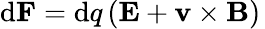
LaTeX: \mathrm{d}\mathbf{F}=\mathrm{d}q\left(\mathbf{E}+\mathbf{v}\times\mathbf{B}\right)\,